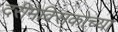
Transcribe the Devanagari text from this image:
दरीमेक्सिकोच्या